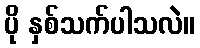
ပို နှစ်သက်ပါသလဲ။